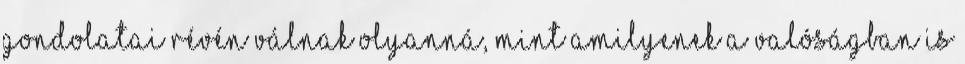
gondolatai révén válnak olyanná, mint amilyenek a valóságban is